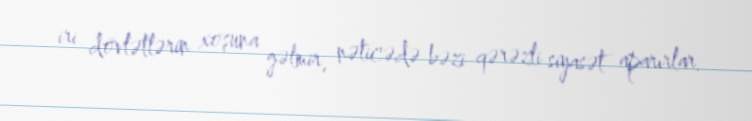
iri dövlətlərin xoşuna gəlmir, nəticədə bəzi qərəzli siyasət aparırlar.